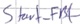
Text: Start_FB1